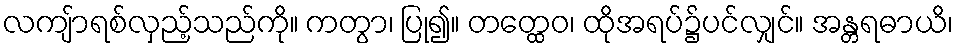
လကျ်ာရစ်လှည့်သည်ကို။ ကတွာ၊ ပြု၍။ တတ္ထေဝ၊ ထိုအရပ်၌ပင်လျှင်။ အန္တရဓာယိ၊